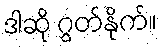
ဒါဆို ဂွတ်နိုက်။